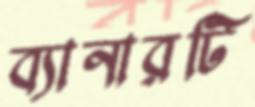
ব্যানারটি